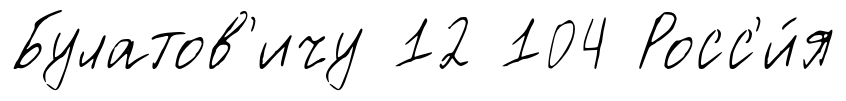
Булатов'ичу 12 104 Росс'и́я